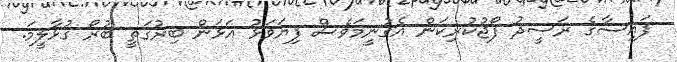
ފައިސާގެ ރަސީދު ފޯޖުކުރިކަން އެގުނީމަވެސް ފިޔަވަޅު އަޅަން ބިރުގަތީ ބުރޯ ގުޅާލީމަ.